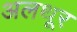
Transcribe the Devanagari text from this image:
अलथूर